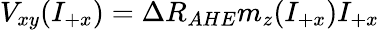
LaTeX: V_{xy}(I_{+x})=\Delta R_{AHE}m_{z}(I_{+x})I_{+x}